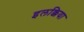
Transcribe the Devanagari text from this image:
इलक्किया